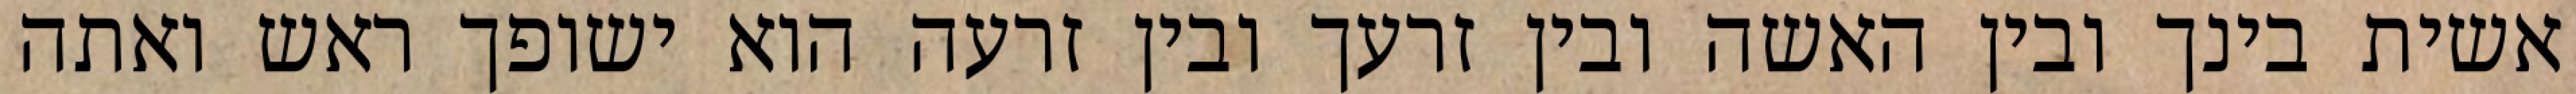
אשית בינך ובין האשה ובין זרעך ובין זרעה הוא ישופך ראש ואתה